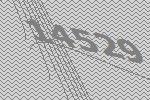
14529